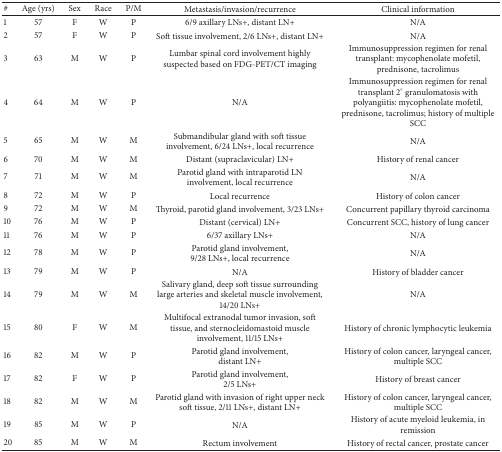
| # | Age (yrs) | Sex | Race | P/M | Metastasis/invasion/recurrence | Clinical information |
 | --- | --- | --- | --- | --- | --- | --- |
 | 1 | 57 | F | W | P | 6/9 axillary LNs+, distant LN+ | N/A |
 | 2 | 57 | F | W | P | Soft tissue involvement, 2/6 LNs+, distant LN+ | N/A |
 | 3 | 63 | M | W | P | Lumbar spinal cord involvement highly suspected based on FDG-PET/CT imaging | Immunosuppression regimen for renal transplant: mycophenolate mofetil, prednisone, tacrolimus |
 | 4 | 64 | M | W | P | N/A | Immunosuppression regimen for renal transplant 2° granulomatosis with polyangiitis: mycophenolate mofetil, prednisone, tacrolimus; history of multiple SCC |
 | 5 | 65 | M | W | M | Submandibular gland with soft tissue involvement, 6/24 LNs+, local recurrence | N/A |
 | 6 | 70 | M | W | M | Distant (supraclavicular) LN+ | History of renal cancer |
 | 7 | 71 | M | W | M | Parotid gland with intraparotid LN involvement, local recurrence | N/A |
 | 8 | 72 | M | W | P | Local recurrence | History of colon cancer |
 | 9 | 72 | M | W | M | Thyroid, parotid gland involvement, 3/23 LNs+ | Concurrent papillary thyroid carcinoma |
 | 10 | 76 | M | W | P | Distant (cervical) LN+ | Concurrent SCC, history of lung cancer |
 | 11 | 76 | M | W | P | 6/37 axillary LNs+ | N/A |
 | 12 | 78 | M | W | P | Parotid gland involvement, 9/28 LNs+, local recurrence | N/A |
 | 13 | 79 | M | W | P | N/A | History of bladder cancer |
 | 14 | 79 | M | W | M | Salivary gland, deep soft tissue surrounding large arteries and skeletal muscle involvement, 14/20 LNs+ | N/A |
 | 15 | 80 | F | W | M | Multifocal extranodal tumor invasion, soft tissue, and sternocleidomastoid muscle involvement, 11/15 LNs+ | History of chronic lymphocytic leukemia |
 | 16 | 82 | M | W | P | Parotid gland involvement, distant LN+ | History of colon cancer, laryngeal cancer, multiple SCC |
 | 17 | 82 | F | W | P | Parotid gland involvement, 2/5 LNs+ | History of breast cancer |
 | 18 | 82 | M | W | M | Parotid gland with invasion of right upper neck soft tissue, 2/11 LNs+, distant LN+ | History of colon cancer, laryngeal cancer, multiple SCC |
 | 19 | 85 | M | W | P | N/A | History of acute myeloid leukemia, in remission |
 | 20 | 85 | M | W | M | Rectum involvement | History of rectal cancer, prostate cancer |